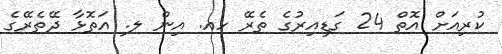
ކުރިއަށް އޮތް 24 ގަޑިއިރުގެ ތެރޭ ހއ. އިން ލ. އަތޮޅާ ދޭތެރޭގެ